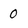
Character: 0